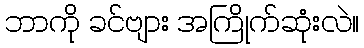
ဘာကို ခင်ဗျား အကြိုက်ဆုံးလဲ။